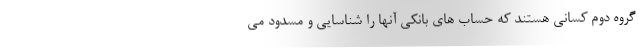
گروه دوم کسانی هستند که حساب های بانکی آنها را شناسایی و مسدود می